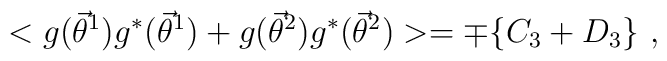
<g({\vec{\theta}}^{1})g^{*}({\vec{\theta}}^{1}) +g({\vec{\theta}}^{2})g^{*}({\vec{\theta}}^{2}) > = \mp \{ C_{3} + D_{3} \} \ ,